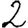
Digit: 2